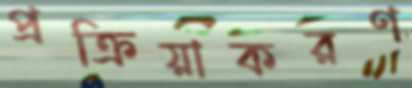
প্রক্রিয়াকরণ